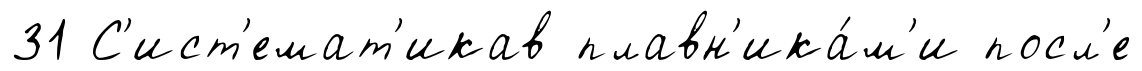
31 С'ист'емат'икав плавн'ика́м'и посл'е